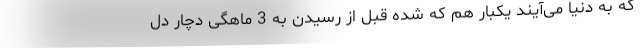
که به دنیا می‌آیند یکبار هم که شده قبل از رسیدن به 3 ماهگی دچار دل